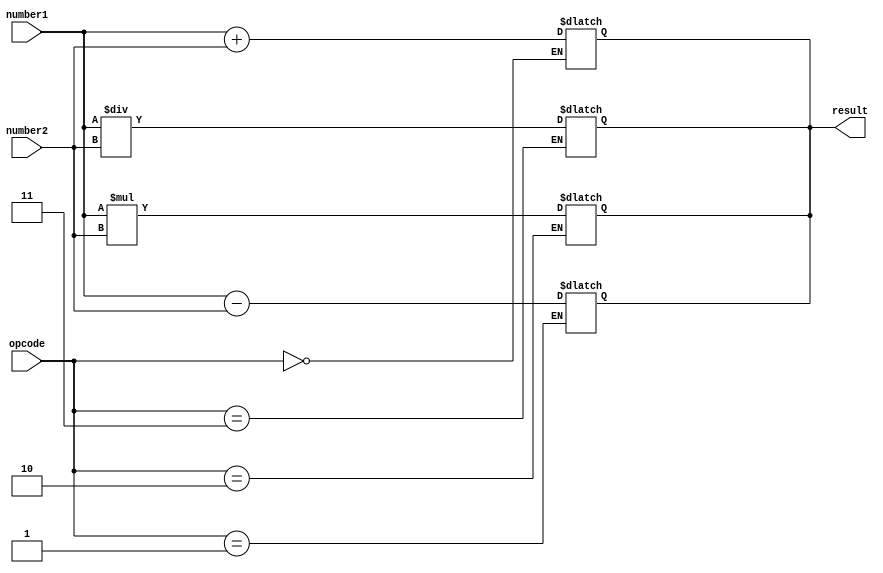
module DoublePrecisionFloatingPointUnit (
    input [63:0] number1,
    input [63:0] number2,
    input [2:0] opcode,
    output reg [63:0] result
);

// Arithmetic block for addition
always @ (number1, number2, opcode)
begin
    if (opcode == 3'b000) // Addition operation
    begin
        result = number1 + number2;
    end
end

// Arithmetic block for subtraction
always @ (number1, number2, opcode)
begin
    if (opcode == 3'b001) // Subtraction operation
    begin
        result = number1 - number2;
    end
end

// Arithmetic block for multiplication
always @ (number1, number2, opcode)
begin
    if (opcode == 3'b010) // Multiplication operation
    begin
        result = number1 * number2;
    end
end

// Arithmetic block for division
always @ (number1, number2, opcode)
begin
    if (opcode == 3'b011) // Division operation
    begin
        result = number1 / number2;
    end
end

// Support for rounding, normalization, special cases, and exceptions handling can be added here

endmodule